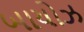
બાયોઝ